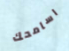
اسامحك